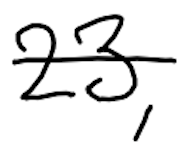
Text: 23,
Cross-out: mix
Writing tool: digital_black